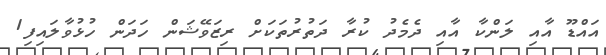
އައްޑޫ އާއި ލަންކާ އާއި ދެމެދު ކުރާ ދަތުރުތަކަށް ރިޒަވޭޝަން ހަދަން ހުޅުވާލައިފި1